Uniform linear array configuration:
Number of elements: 32
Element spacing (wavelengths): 0.5
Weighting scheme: uniform
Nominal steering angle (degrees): -60
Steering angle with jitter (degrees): -59.879
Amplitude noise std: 0.05
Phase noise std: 0.05

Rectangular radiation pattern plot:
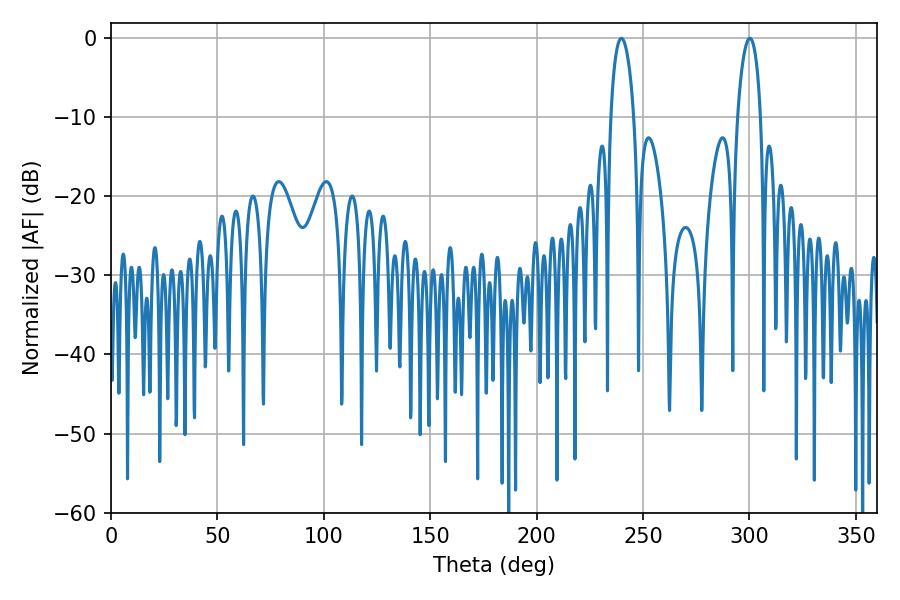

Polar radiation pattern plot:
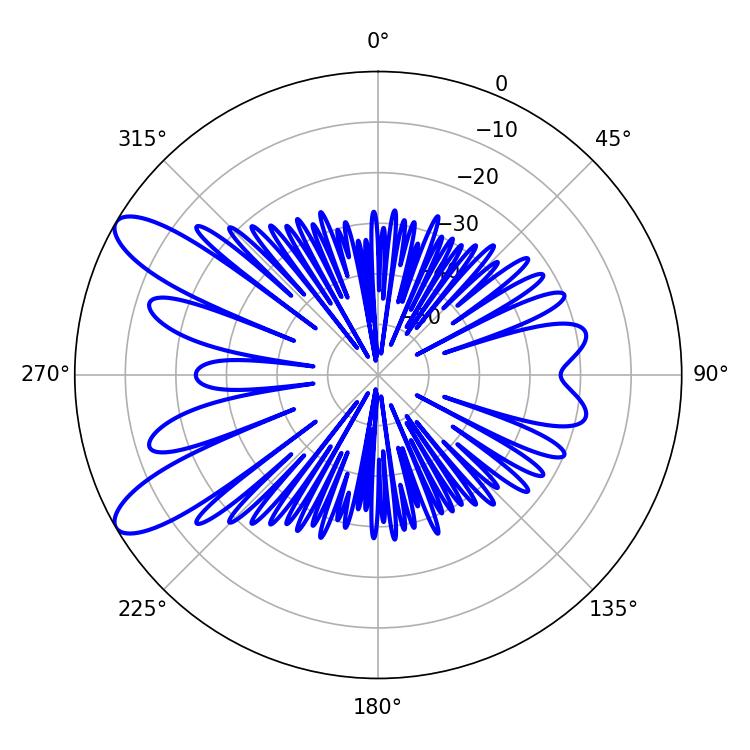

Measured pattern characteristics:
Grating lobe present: FALSE
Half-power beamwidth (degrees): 6.12
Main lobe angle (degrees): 239.76